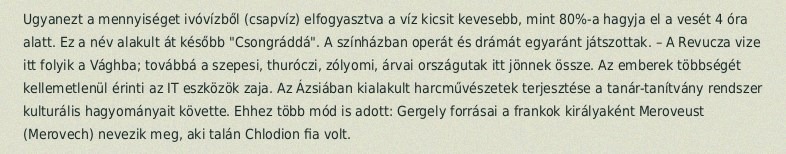
Ugyanezt a mennyiséget ivóvízből (csapvíz) elfogyasztva a víz kicsit kevesebb, mint 80%-a hagyja el a vesét 4 óra alatt. Ez a név alakult át később "Csongráddá". A színházban operát és drámát egyaránt játszottak. – A Revucza vize itt folyik a Vághba; továbbá a szepesi, thuróczi, zólyomi, árvai országutak itt jönnek össze. Az emberek többségét kellemetlenül érinti az IT eszközök zaja. Az Ázsiában kialakult harcművészetek terjesztése a tanár-tanítvány rendszer kulturális hagyományait követte. Ehhez több mód is adott: Gergely forrásai a frankok királyaként Meroveust (Merovech) nevezik meg, aki talán Chlodion fia volt.